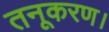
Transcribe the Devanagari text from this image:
तनूकरण।